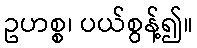
ဥဟစ္စ၊ ပယ်စွန့်၍။